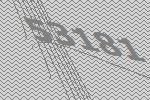
53181